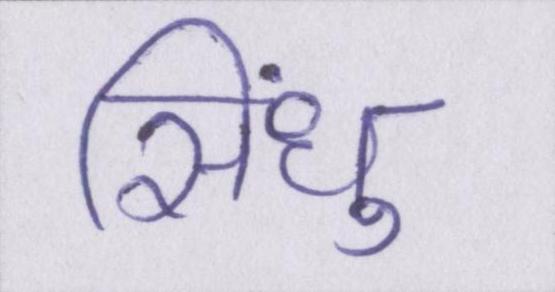
सिंधु